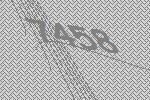
7458